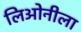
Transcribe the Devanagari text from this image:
लिओनीला